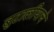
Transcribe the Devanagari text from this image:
बुटालीयाचे